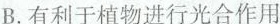
B.有利于植物进行光合作用